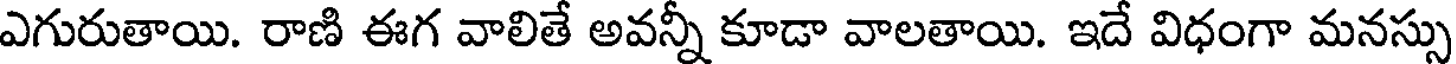
ఎగురుతాయి. రాణి ఈగ వాలితే అవన్నీ కూడా వాలతాయి. ఇదే విధంగా మనస్సు